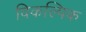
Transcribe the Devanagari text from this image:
विकल्पिक